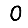
Digit: 0